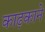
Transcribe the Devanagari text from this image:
काढ़काने